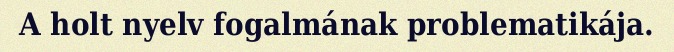
A holt nyelv fogalmának problematikája.